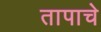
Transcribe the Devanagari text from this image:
तापाचे